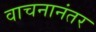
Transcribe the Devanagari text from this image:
वाचनानंतर